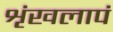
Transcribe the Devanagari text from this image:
शृंखलापं